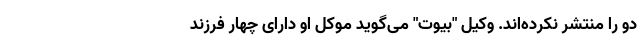
دو را منتشر نکرده‌اند. وكیل "بیوت" می‌گوید موكل او دارای چهار فرزند